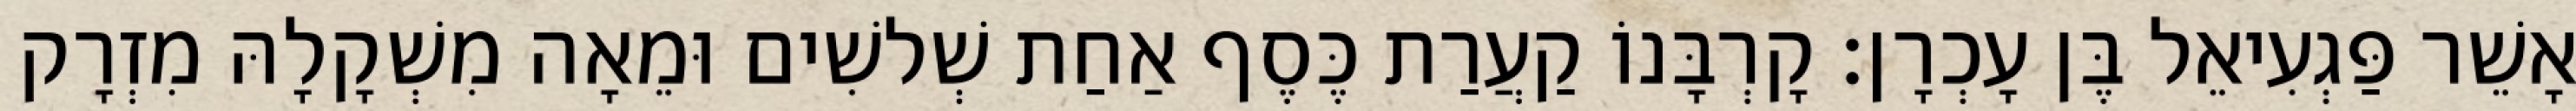
אָשֵׁר פַּגְעִיאֵל בֶּן עָכְרָן׃ קָרְבָּנוֹ קַעֲרַת כֶּסֶף אַחַת שְׁלשִׁים וּמֵאָה מִשְׁקָלָהּ מִזְרָק